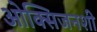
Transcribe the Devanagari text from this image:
ओक्सिजनशी